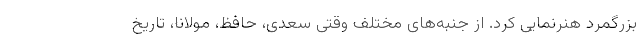
بزرگمرد هنرنمایی کرد. از جنبه‌های مختلف وقتی سعدی، حافظ، مولانا، تاریخ